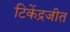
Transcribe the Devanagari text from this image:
टिकेंद्रजीत